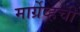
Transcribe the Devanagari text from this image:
मार्ग्रेव्हची